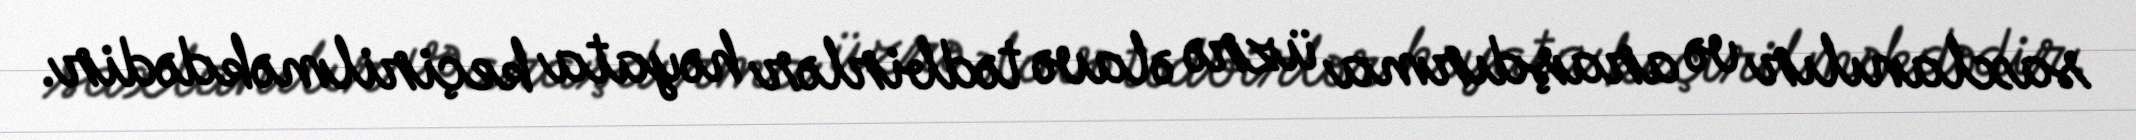
saxlanılır və araşdırma üzrə əlavə tədbirlər həyata keçirilməkdədir.